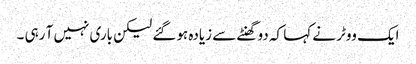
ایک ووٹر نے کہا کہ دو گھنٹے سے زیادہ ہو گئے لیکن باری نہیں آ رہی ۔